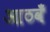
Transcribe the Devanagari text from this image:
आठवँ